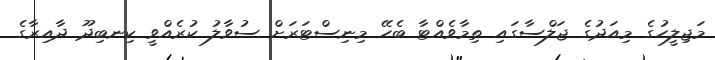
މަޖިލީހުގެ މިއަދުގެ ޖަލްސާގައި ތިމާވެއްޓާ ބެހޭ މިނިސްޓަރަށް ސުވާލު ކުރެއްވީ ކިނބިދޫ ދާއިރާގެ